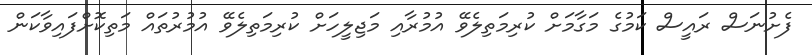
ފެށުނަސް ރައީސް ކަމުގެ މަގާމަށް ކުރިމަތިލެވޭ އުމުރާއި މަޖިލީހަށް ކުރިމަތިލެވޭ އުމުރުތައް މަތިކޮށްފައިވާކަން